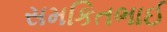
સમકિતભાઈ